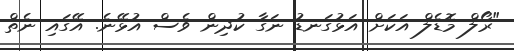
"ރޯލް މޮޑެލް އަކަށް އަޅުގަނޑު ނަގާ ކުދިން ވެސް އުޅޭނެ. އޭގައި ނެތް